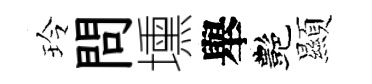
玲問壎舉艷顯